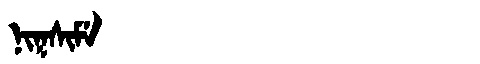
Manchu: ᠨᡳᡴᠰᡳᠮᡝ
Romanization: NIKSIME